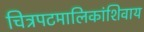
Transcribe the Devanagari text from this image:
चित्रपटमालिकांशिवाय